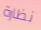
نظارة